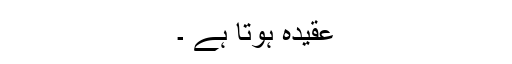
عقیدہ ہوتا ہے ۔